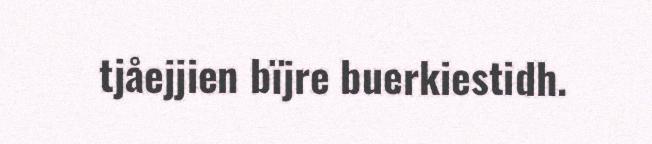
tjåejjien bïjre buerkiestidh.